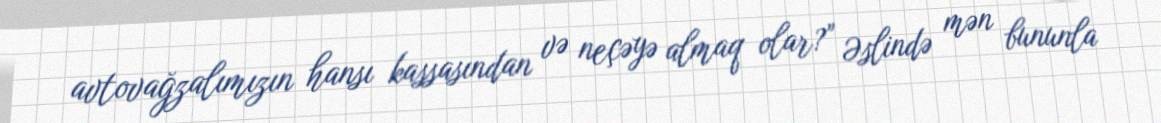
avtovağzalımızın hansı kassasından və neçəyə almaq olar?” Əslində mən bununla